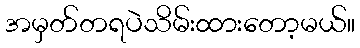
အမှတ်တရပဲသိမ်းထားတော့မယ်။